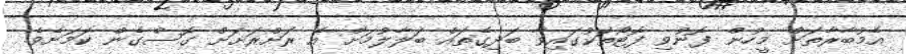
އެމުބާރާތަށް މީހުން ފޮނުވި ފޮޓޯތަކުގައިވާ ބަދިގެތައް ބަލާލުމަށް އެ ރަށްރަށަށް ގޮސްގެން ކަމަށެވެ.